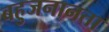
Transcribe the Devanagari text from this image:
बहुजनानता